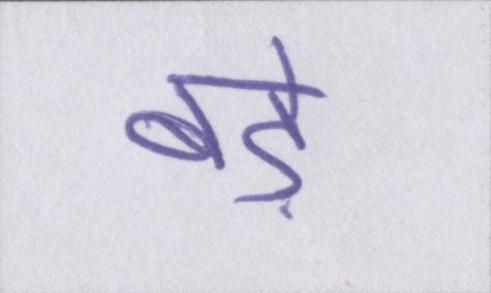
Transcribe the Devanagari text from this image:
बड़े